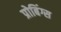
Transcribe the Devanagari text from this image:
प्रोबिंग्स